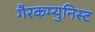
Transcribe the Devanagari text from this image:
गैरकम्युनिस्ट